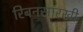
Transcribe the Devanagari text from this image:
रिबनसारखी